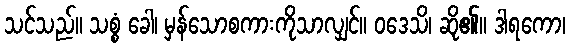
သင်သည်။ သစ္စံ ခေါ၊ မှန်သောစကားကိုသာလျှင်။ ဝဒေသိ၊ ဆို၏။ ဒါရကော၊